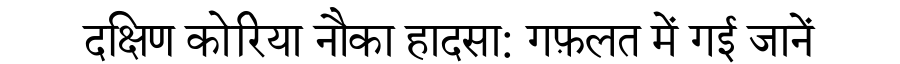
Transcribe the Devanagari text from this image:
दक्षिण कोरिया नौका हादसा: गफ़लत में गई जानें